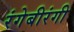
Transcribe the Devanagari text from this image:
रंगेबीरंगी